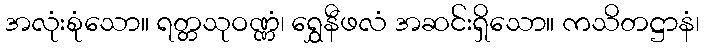
အလုံးစုံသော။ ရတ္တသုဝဏ္ဏံ၊ ရွှေနီဖလံ အဆင်းရှိသော။ ကသိတဋ္ဌာနံ၊